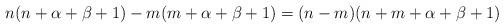
LaTeX: \begin{align*}n(n+\alpha+\beta+1)-m(m+\alpha+\beta+1)=(n-m)(n+m+\alpha+\beta+1)\end{align*}